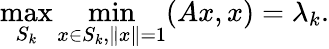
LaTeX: \operatorname*{max}_{S_{k}}\operatorname*{min}_{x\in S_{k},\| x\| =1}(Ax,x)=\lambda_{k}.